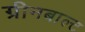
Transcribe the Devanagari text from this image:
ग्रीनबाल्ट